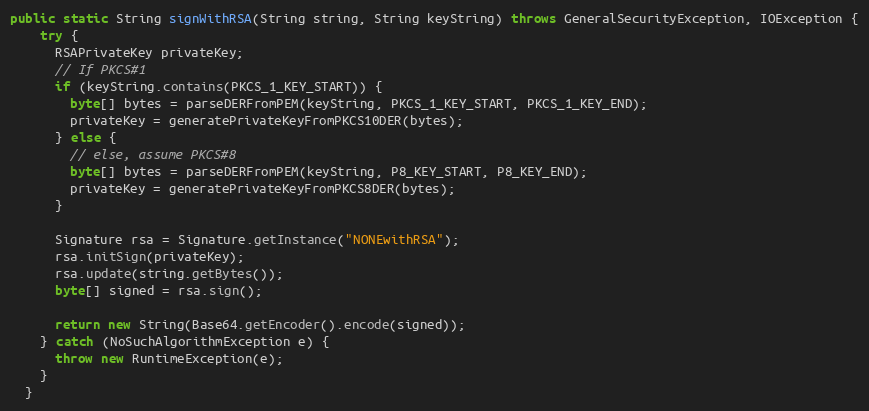
Language: Java
public static String signWithRSA(String string, String keyString) throws GeneralSecurityException, IOException {
    try {
      RSAPrivateKey privateKey;
      // If PKCS#1
      if (keyString.contains(PKCS_1_KEY_START)) {
        byte[] bytes = parseDERFromPEM(keyString, PKCS_1_KEY_START, PKCS_1_KEY_END);
        privateKey = generatePrivateKeyFromPKCS10DER(bytes);
      } else {
        // else, assume PKCS#8
        byte[] bytes = parseDERFromPEM(keyString, P8_KEY_START, P8_KEY_END);
        privateKey = generatePrivateKeyFromPKCS8DER(bytes);
      }

      Signature rsa = Signature.getInstance("NONEwithRSA");
      rsa.initSign(privateKey);
      rsa.update(string.getBytes());
      byte[] signed = rsa.sign();

      return new String(Base64.getEncoder().encode(signed));
    } catch (NoSuchAlgorithmException e) {
      throw new RuntimeException(e);
    }
  }